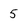
Character: 5